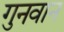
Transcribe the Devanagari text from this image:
गुनवान